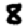
Digit: 8